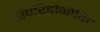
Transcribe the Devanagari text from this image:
स्पिरिदोनोविच